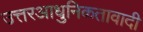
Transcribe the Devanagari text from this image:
उत्तरआधुनिकतावादी